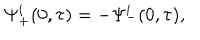
LaTeX: \Psi _ { + } ^ { i } ( 0 , \tau ) = - \Psi _ { - } ^ { i } ( 0 , \tau ) ,